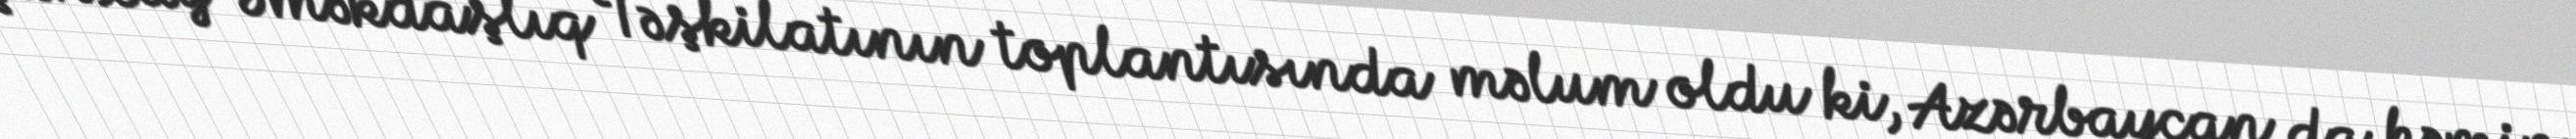
Şanxay Əməkdaşlıq Təşkilatının toplantısında məlum oldu ki, Azərbaycan da həmin